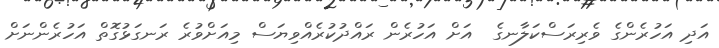
އަދި އަހުރެންގެ ވެރިރަސްކަލާނގެ  އަށް އަހުރެން ރައްދުކުރެއްވިޔަސް މިއަށްވުރެ ރަނގަޅުގޮތް އަހުރެންނަށް